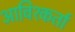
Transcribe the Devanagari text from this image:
आविश्कर्ता